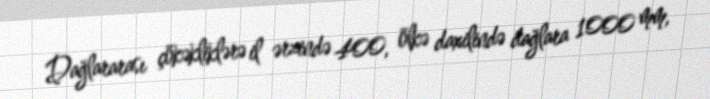
Dağlararası çökəkliklərə il ərzində 400, ölkə daxilində dağlara 1000 mm,